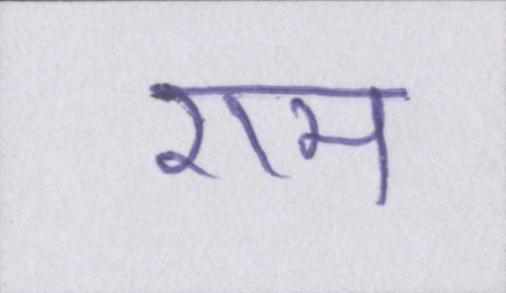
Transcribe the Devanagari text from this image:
राम